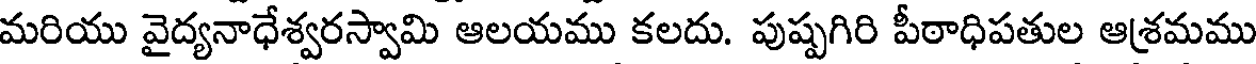
మరియు వైద్యనాధేశ్వరస్వామి ఆలయము కలదు. పుష్పగిరి పీఠాధిపతుల ఆశ్రమము